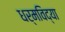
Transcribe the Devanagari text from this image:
धर्मविद्या